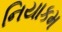
નિયાકમ